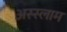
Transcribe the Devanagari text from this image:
अस्‍स्‍लाम